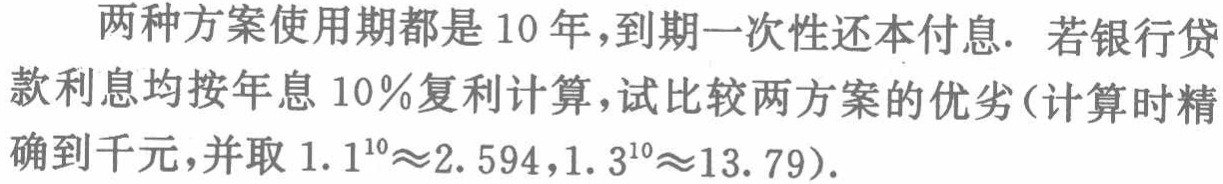
两种方案使用期都是 10 年，到期一次性还本付息. 若银行贷款利息均按年息 10％复利计算，试比较两方案的优劣(计算时精确到千元，并取 \(1.1^{10}\approx2.594\)，\(1.3^{10}\approx13.79\)).